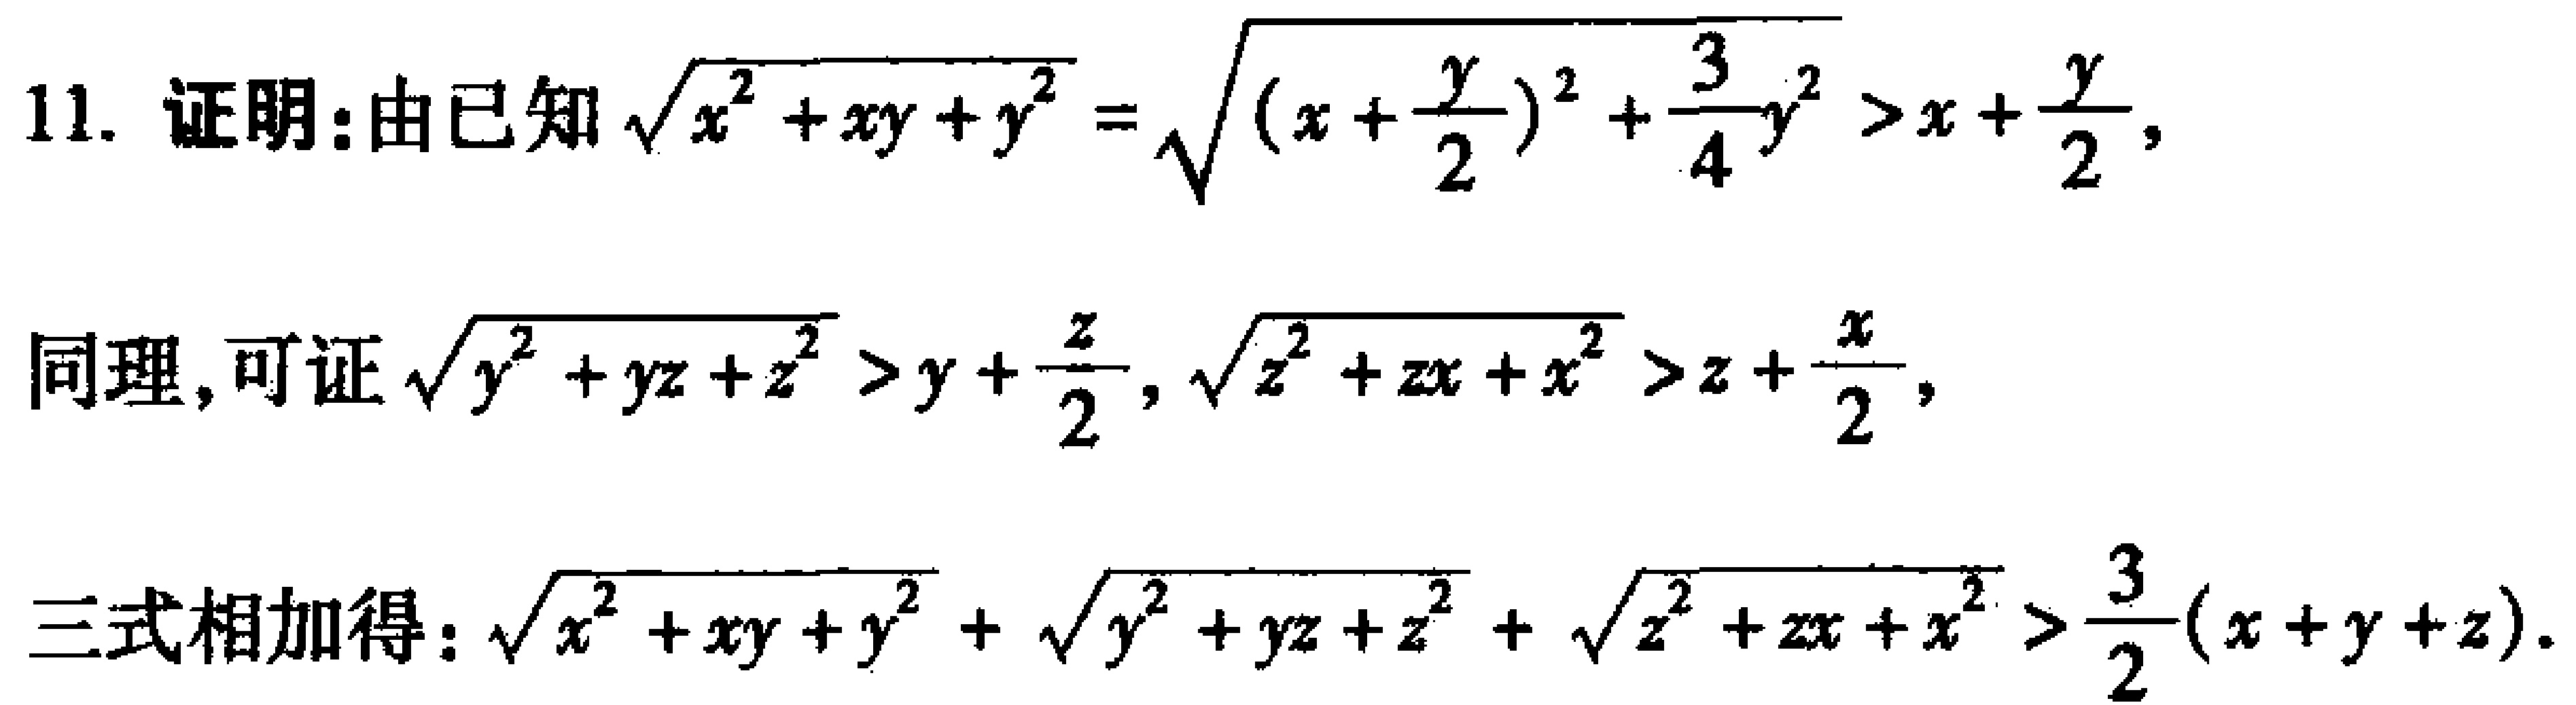
11. 证明:由已知$\sqrt{x^{2}+xy + y^{2}}=\sqrt{(x+\frac{y}{2})^{2}+\frac{3}{4}y^{2}}>x+\frac{y}{2}$,

同理,可证$\sqrt{y^{2}+yz + z^{2}}>y+\frac{z}{2}$, $\sqrt{z^{2}+zx + x^{2}}>z+\frac{x}{2}$,

三式相加得: $\sqrt{x^{2}+xy + y^{2}}+\sqrt{y^{2}+yz + z^{2}}+\sqrt{z^{2}+zx + x^{2}}>\frac{3}{2}(x + y + z)$.